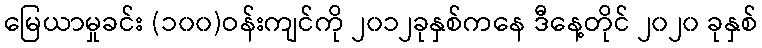
မြေယာမှုခင်း (၁၀၀)ဝန်းကျင်ကို ၂၀၁၂ခုနှစ်ကနေ ဒီနေ့တိုင် ၂၀၂၀ ခုနှစ်